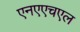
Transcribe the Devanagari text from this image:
एनएएचएल